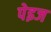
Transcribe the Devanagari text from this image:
पेइज